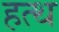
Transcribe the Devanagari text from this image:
हत्थ